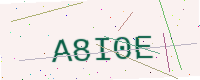
Text: A8I0E